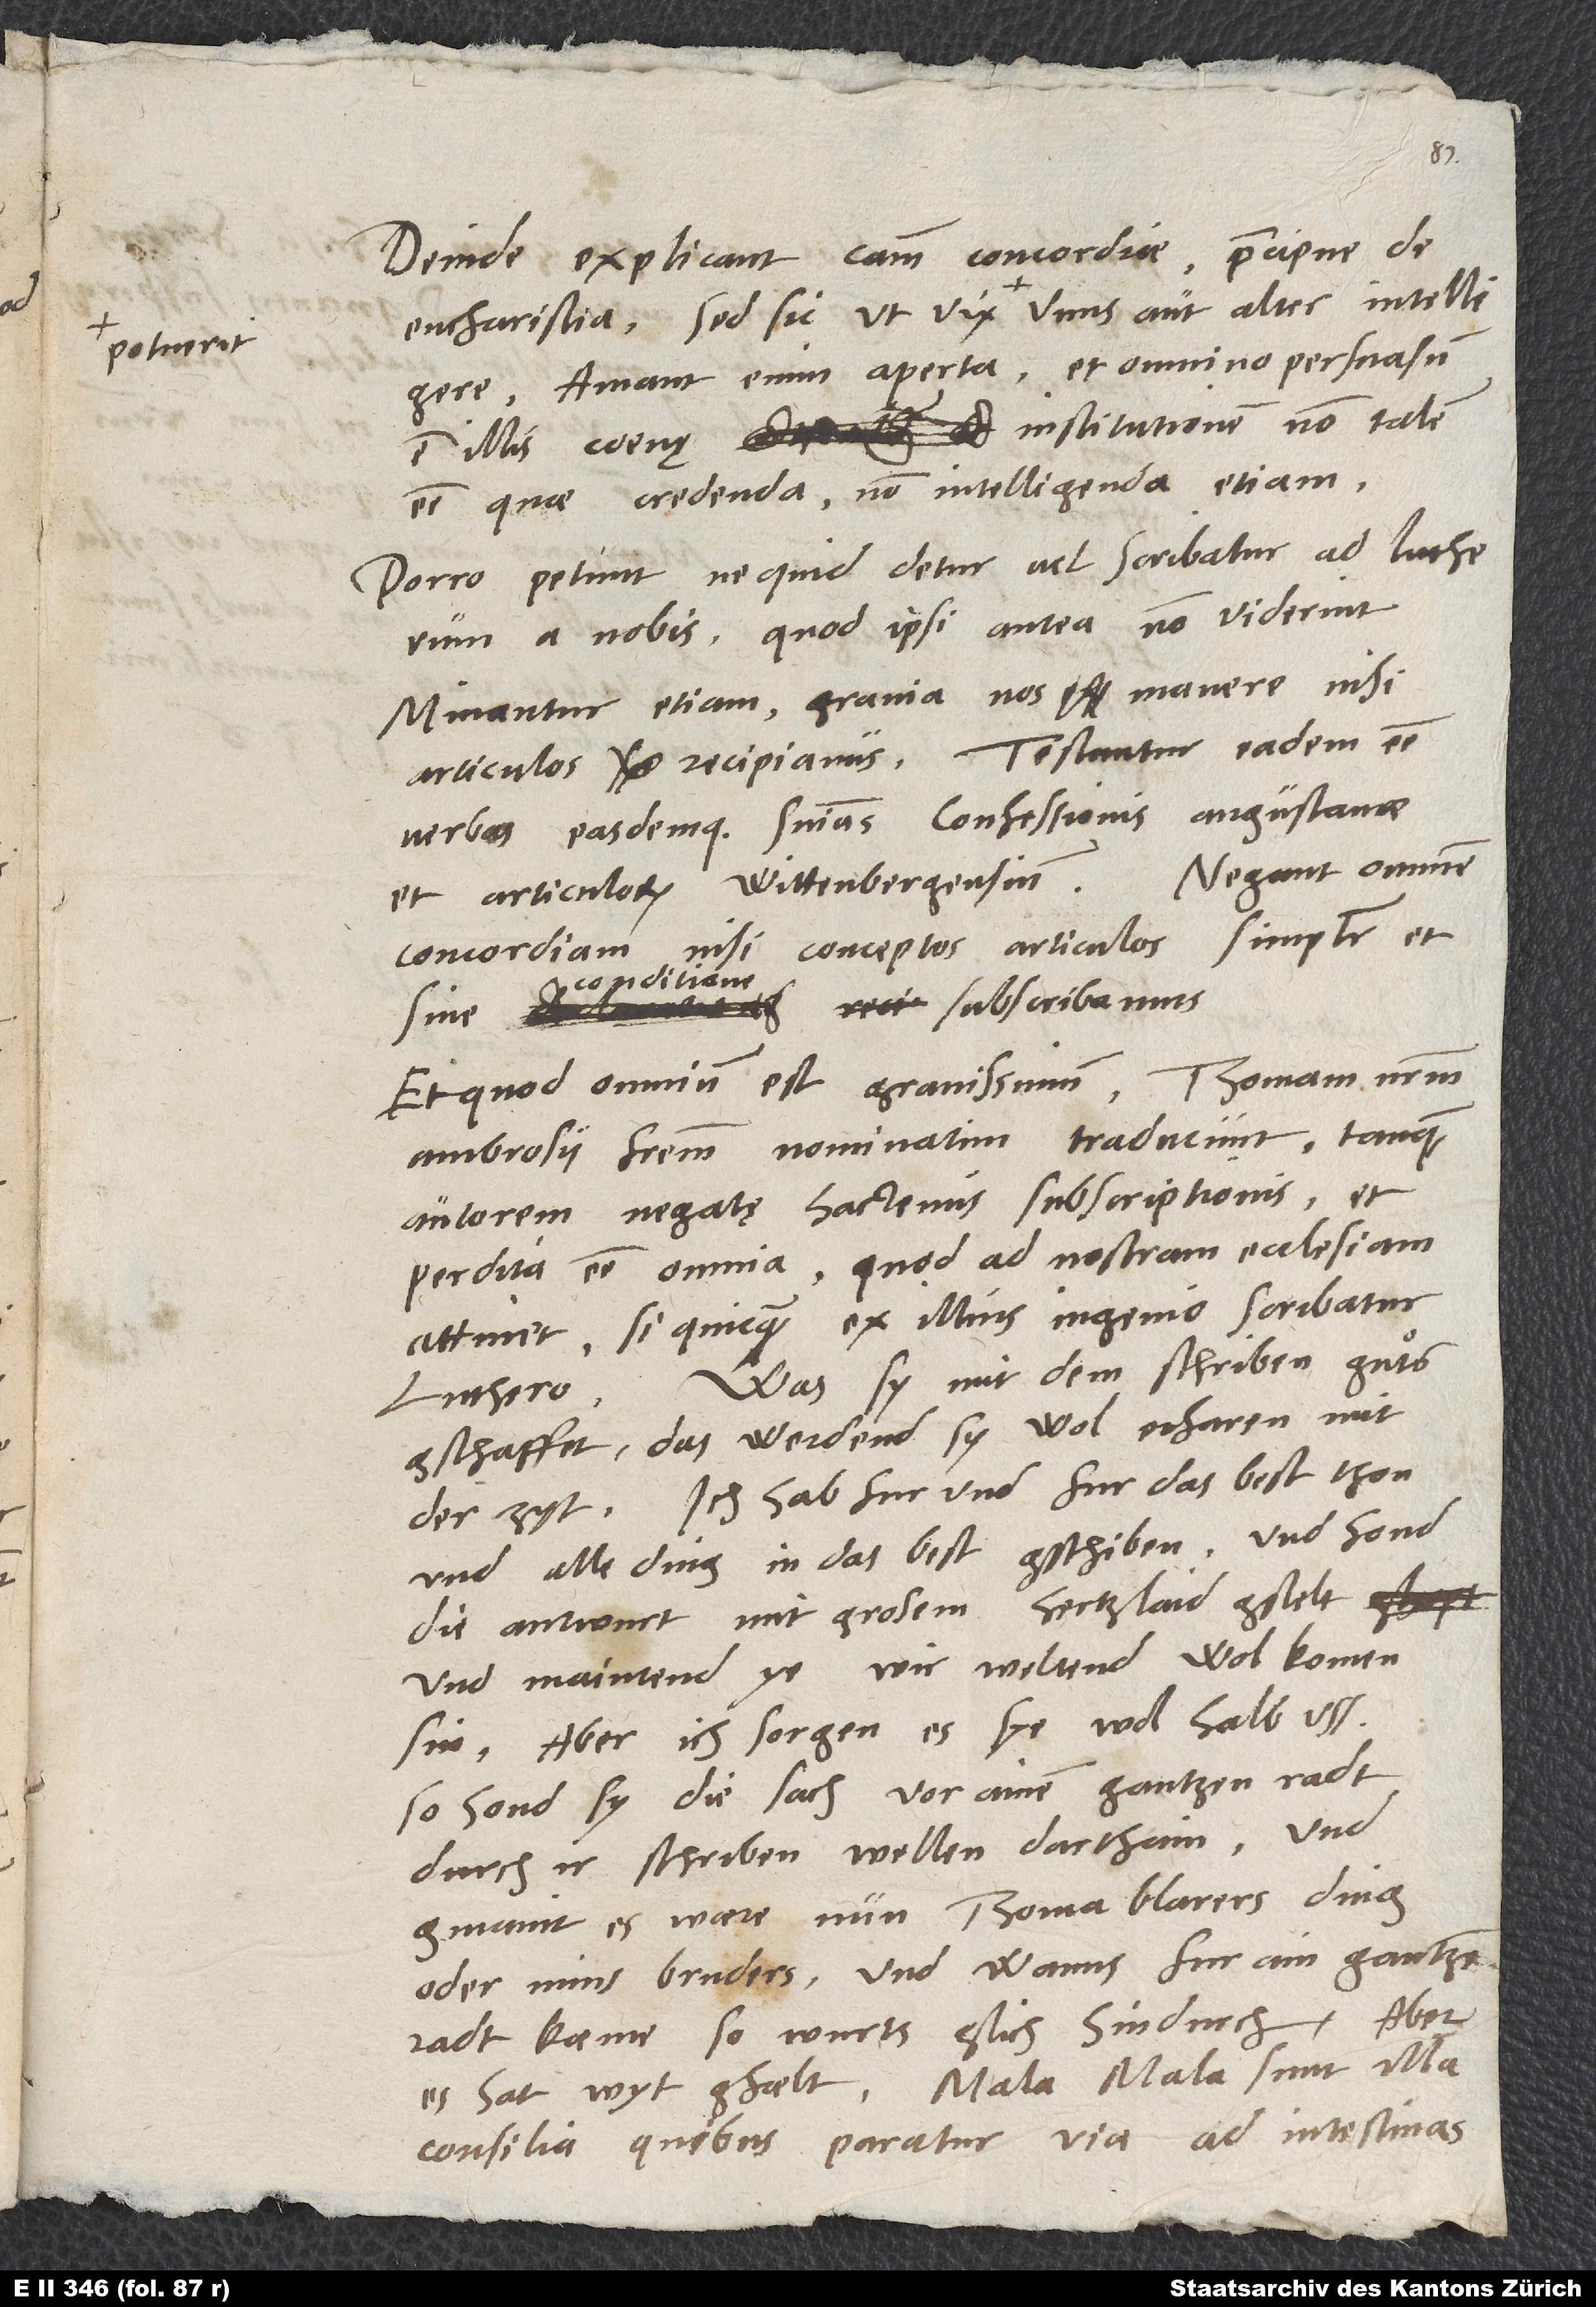
Deinde explicant causam concordiae, praecipue de
Amant enim aperta, et omnino persuasum
est illis coenę institutionem non talem
esse, quae credenda, non intelligenda etiam.
Porro petunt, ne quid detur vel scribatur ad Lutherum
a nobis, quod ipsi antea non viderint.
Minantur etiam gravia nos manere nisi
articulos, recipiamus. Testantur eadem esse
verba easdemque sententias confessionis Augustanae
et articulorum Wittenbergensium. Negant omnem
concordiam, nisi conceptos articulos simpliciter et
conditione
subscribamus.
sine
Et quod omnium est gravissimum, Thomam nostrum,
Ambrosii fratrem, nominatim traducunt tanquam
autorem negatę hactenus subscriptionis, et
perdita esse omnia, quod ad nostram ecclesiam
attinet, si quicquam ex illius ingenio scribatur
Luthero. Was sy mit dem schriben guͦts
gschaffet, das werdend sy wol erfaren mit
der zyt. Ich hab fur und fur das best thon
und alle ding in das best gschiben, und hond
die antwurt mit grosem hertzlaid gstelt
und maintend ye, wir weltend wol komen
sin. Aber ich sorgen, es sye wol halb uss.
So hond sy die sach vor ainem gantzen radt
durch ir schriben wellen darthain und
gmaint, es waere nun Thoma Blarers ding
oder mins bruders, und wanns fur ain gantzen
radt kaeme, so wurts glich hindurch. Aber
es hat wyt gfaelt. Mala, mala sunt illa
consilia, quibus paratur via ad intestinas